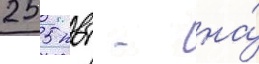
255 квт - на́